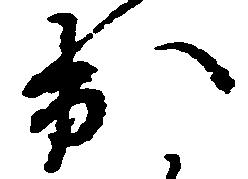
出